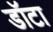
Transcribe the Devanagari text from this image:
डॉटा